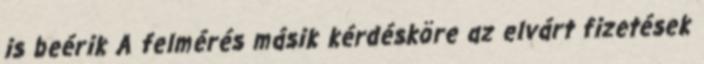
is beérik A felmérés másik kérdésköre az elvárt fizetések